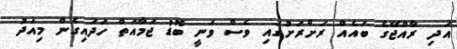
އަދި ރާއްޖޭގެ ބައެއް ރަށްރަށުގައި ވެސް ވަނީ ބޮޑު ޖަމާއަތް ހަދައިގެން މިއަދު